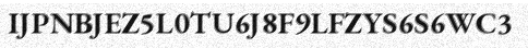
IJPNBJEZ5L0TU6J8F9LFZYS6S6WC3